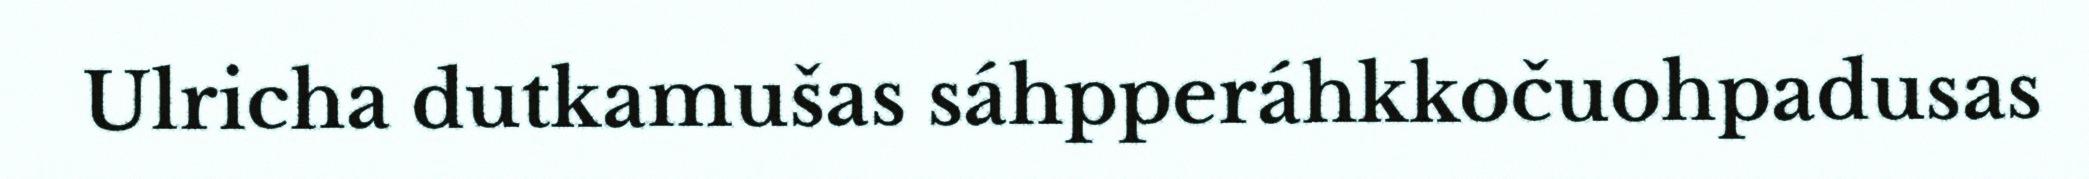
Ulricha dutkamušas sáhpperáhkkočuohpadusas